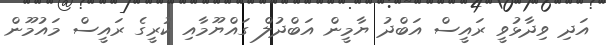
އަދި ވިދާޅުވީ ރައީސް އަބްދު ޔާމީން އަބްދުލް ގައްޔޫމާއި ކުރީގެ ރައީސް މައުމޫން